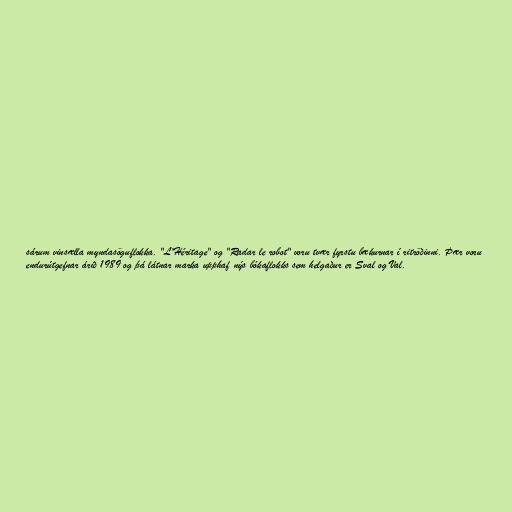
sárum vinsælla myndasöguflokka. "L'Héritage" og "Radar le robot" voru tvær fyrstu bækurnar í ritröðinni. Þær voru
endurútgefnar árið 1989 og þá látnar marka upphaf nýs bókaflokks sem helgaður er Sval og Val.